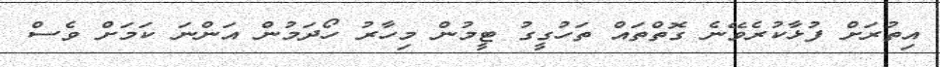
އިތުރަށް ފުޅާކުރެވޭނެ ގޮތްތައް ތަހުގީގު ޓީމުން މިހާރު ހޯދަމުން އަންނަ ކަމަށް ވެސް